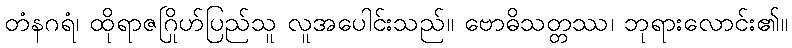
တံနဂရံ၊ ထိုရာဇဂြိုဟ်ပြည်သူ လူအပေါင်းသည်။ ဗောဓိသတ္တဿ၊ ဘုရားလောင်း၏။